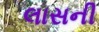
લાસની